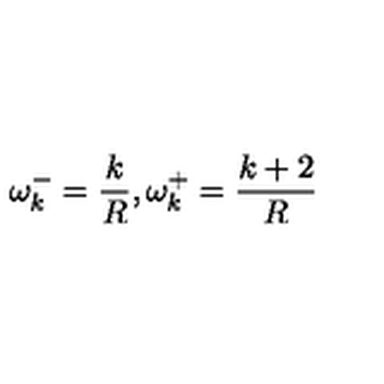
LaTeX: \omega _ { k } ^ { - } = \frac { k } { R } , \omega _ { k } ^ { + } = \frac { k + 2 } { R }